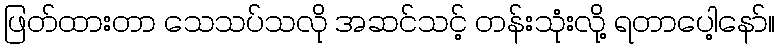
ဖြတ်ထားတာ သေသပ်သလို အဆင်သင့် တန်းသုံးလို့ ရတာပေါ့နော်။